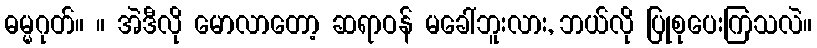
ဓမ္မဂုတ်။ ။ အဲဒီလို မောလာတော့ ဆရာဝန် မခေါ်ဘူးလား, ဘယ်လို ပြုစုပေးကြသလဲ။